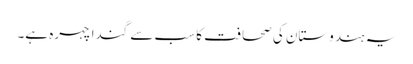
یہ ہندوستان کی صحافت کا سب سے گندا چہرہ ہے۔